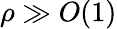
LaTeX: \rho\gg O(1)